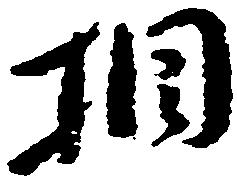
相